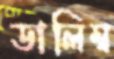
ডালিম্ব